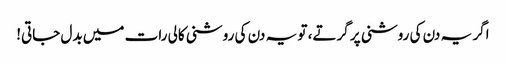
اگر یہ دن کی روشنی پر گرتے، تو یہ دن کی روشنی کالی رات میں بدل جاتی!